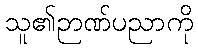
သူ၏ဉာဏ်ပညာကို